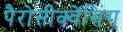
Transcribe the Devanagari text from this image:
पैरोसीक्वेंसिंग